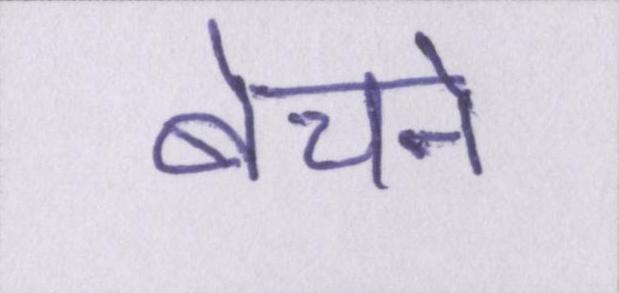
बेचने